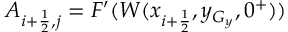
A _ { i + \frac { 1 } { 2 } , j } = F ^ { \prime } ( W ( x _ { i + \frac { 1 } { 2 } } , y _ { G _ { y } } , 0 ^ { + } ) )